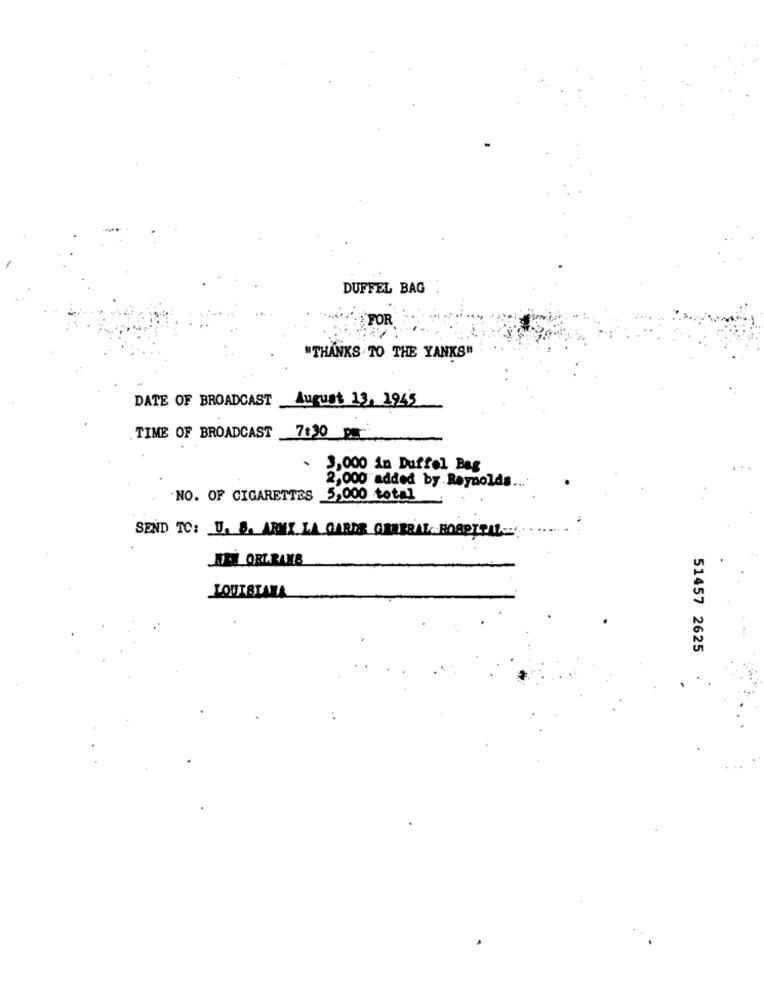
DUFFEL BAG
FOR
"THANKS TO THE YANKS"
DATE OF BROADCAST
August 13, 1945
TIME OF BROADCAST
7:30 P
.
3,000 in Duffel Bag
2,000 added by. Reynolds ....
.NO. OF CIGARETTES 5,000 total
SEND TO: U. S. ARMY LA GARDE GENERAL HOSPITAL
DELORLEANS
LOUISIANA
51457 2625